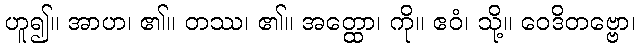
ဟူ၍။ အာဟ၊ ၏။ တဿ၊ ၏။ အတ္ထော၊ ကို။ ဧဝံ၊ သို့။ ဝေဒိတဗ္ဗော၊